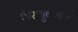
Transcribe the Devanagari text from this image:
फेसबुकवरची